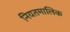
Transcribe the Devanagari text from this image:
नियतमालिक